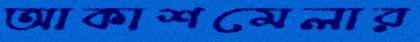
আকাশমেলার